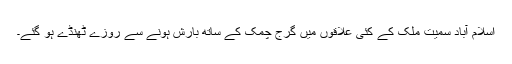
اسلام آباد سمیت ملک کے کئی علاقوں میں گرج چمک کے ساتھ بارش ہونے سے روزے ٹھنڈے ہو گئے۔